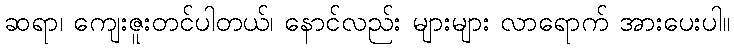
ဆရာ၊ ကျေးဇူးတင်ပါတယ်၊ နောင်လည်း များများ လာရောက် အားပေးပါ။